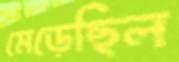
মেড়েছিল